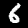
Digit: 6